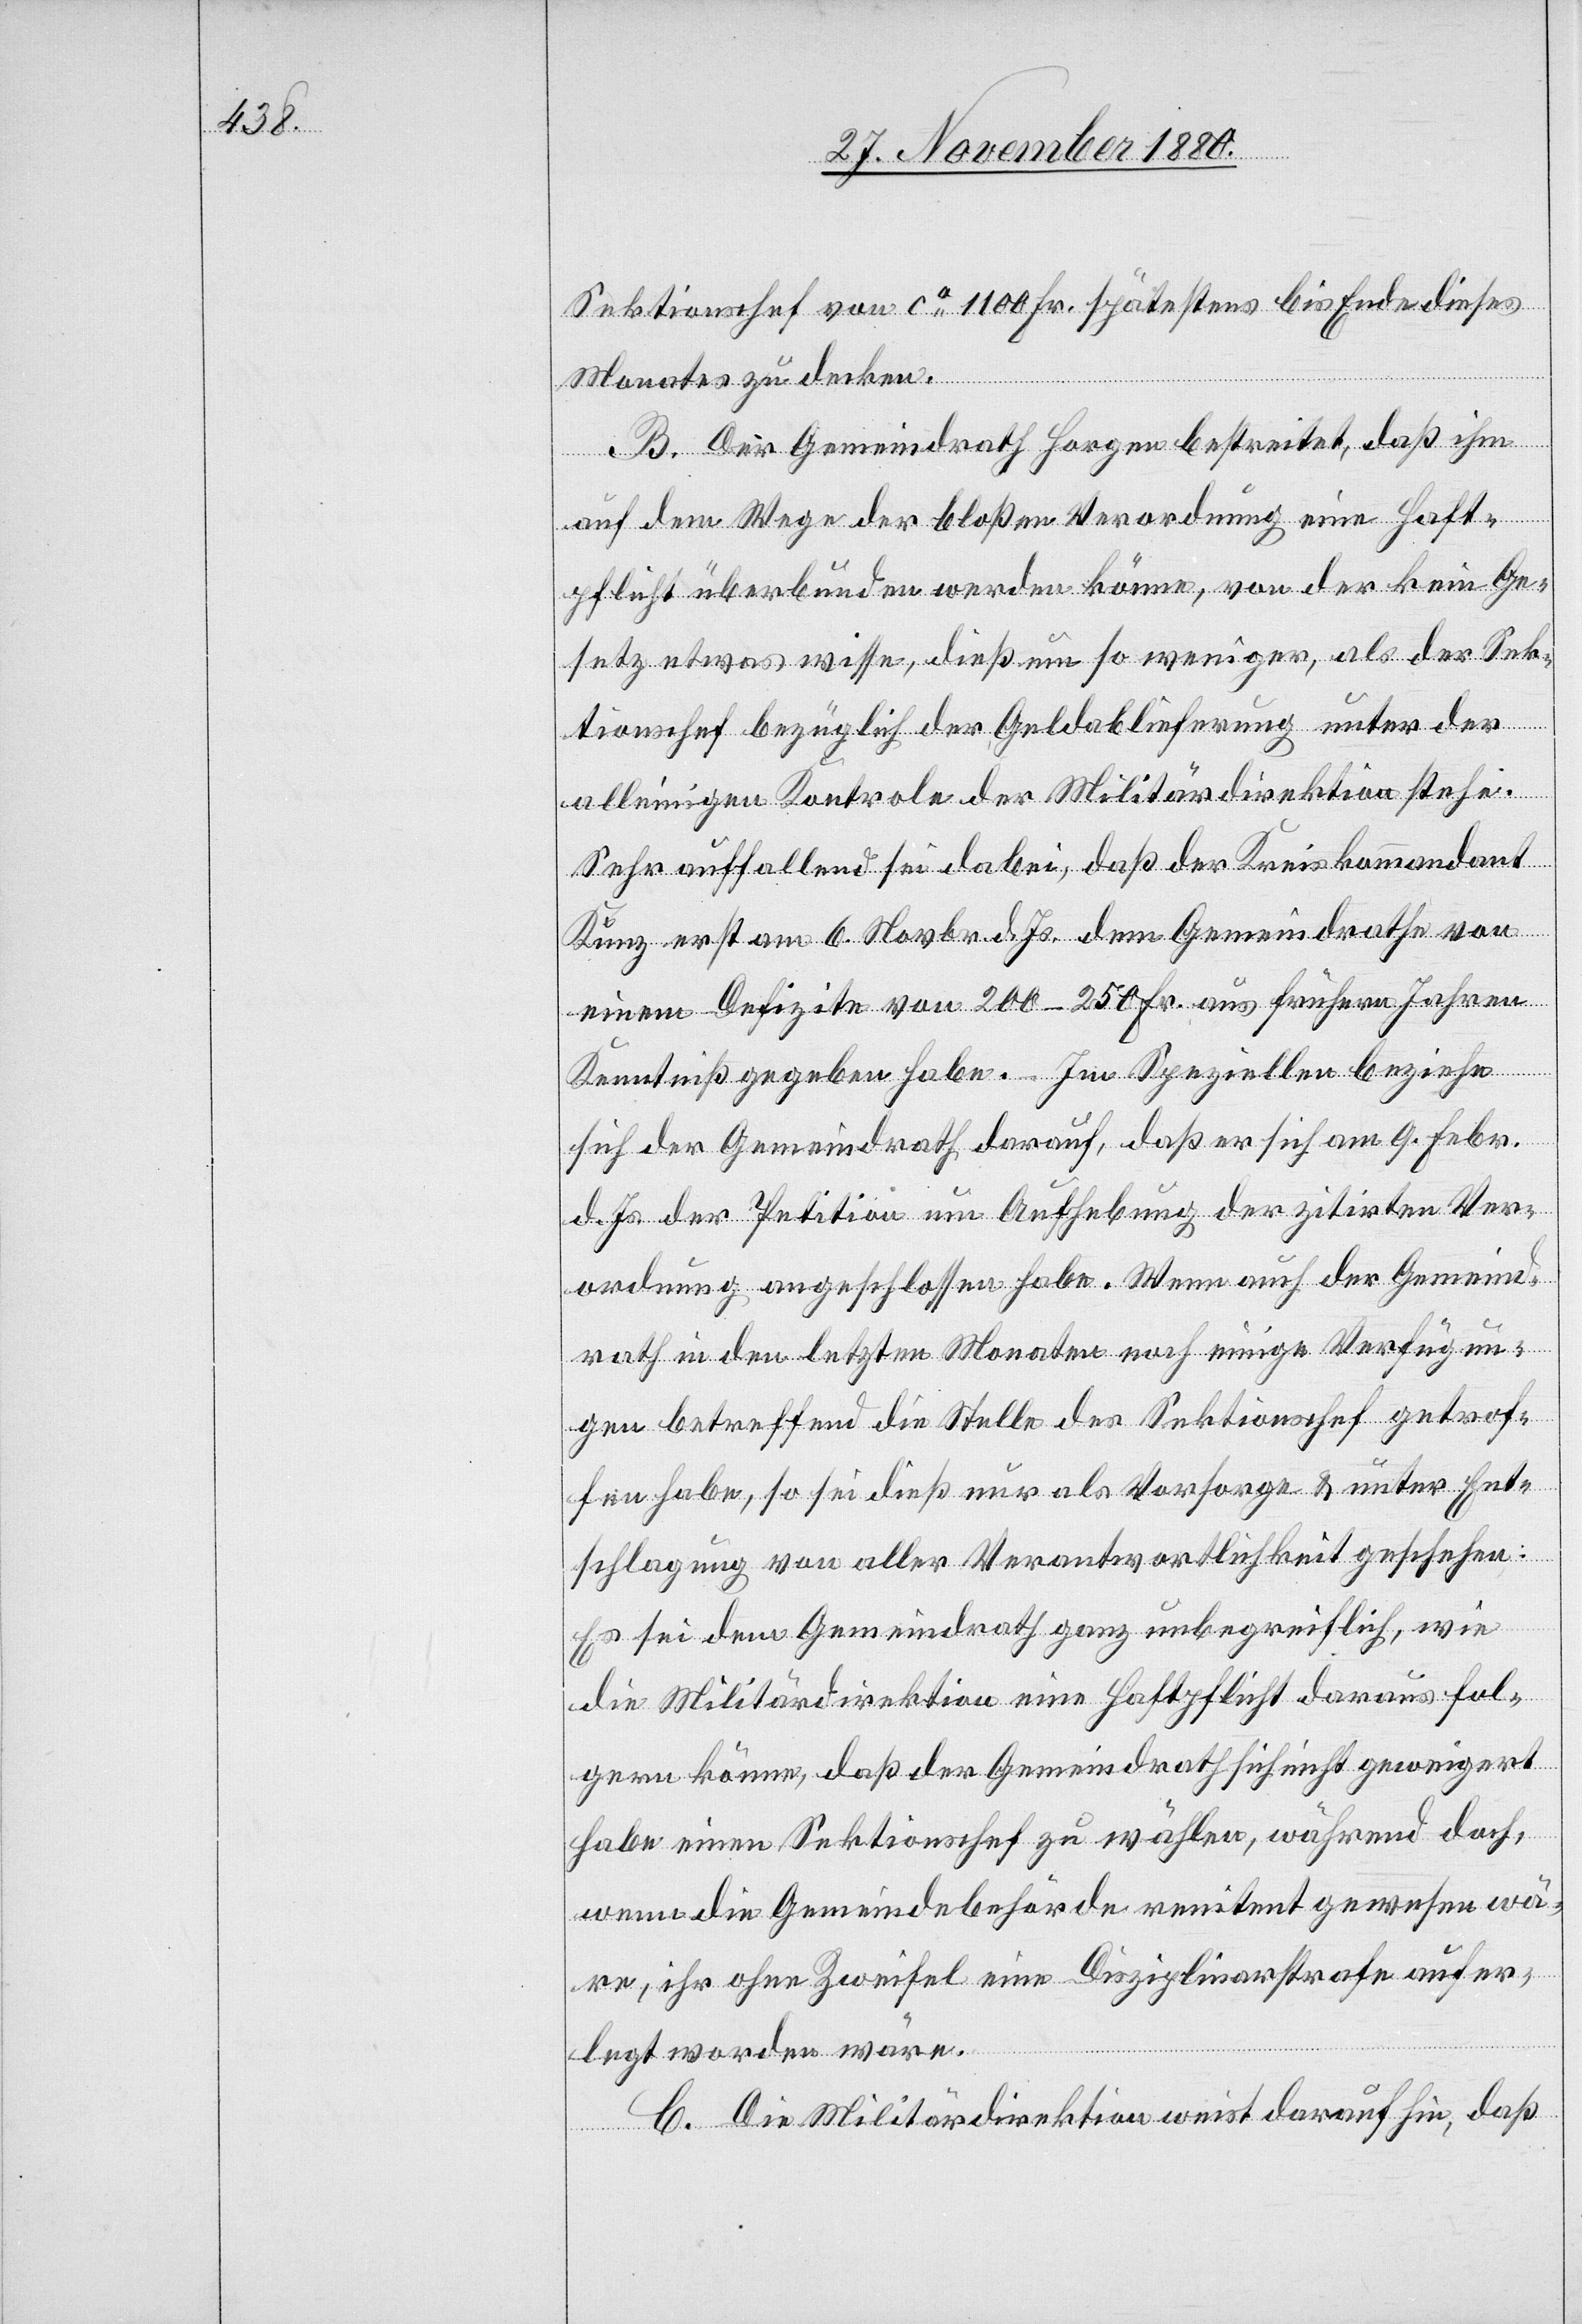
Sektionschef von ca 1100 Fr. spätestens bis Ende dieses
Monates zu decken.
B. Der Gemeindrath Horgen bestreitet, daß ihm
auf dem Wege der bloßen Verordnung eine Haft¬
pflicht überbunden werden könne, von der kein Ge¬
setz etwas wisse, dieß um so weniger, als der Sek¬
tionschef bezüglich der Geldablieferung unter der
alleinigen Kontrole der Militärdirektion stehe.
Sehr auffallend sei dabei, daß der Kreiskommandant
Kunz erst am 6. Novbr. d. Js. dem Gemeindrathe von
einem Defizite von 200–250 Fr. aus frühern Jahren
Kenntniß gegeben habe. Im Speziellen beziehe
sich der Gemeindrath darauf, daß er sich am 9. Febr.
d. Js. der Petition um Aufhebung der zitirten Ver¬
ordnung angeschlossen habe. Wenn auch der Gemeind¬
rath in den letzten Monaten noch einige Verfügun¬
gen betreffend die Stelle des Sektionschef getrof¬
fen habe, so sei dieß nur als Vorsorge & unter Ent¬
schlagung von aller Verantwortlichkeit geschehen.
Es sei dem Gemeindrath ganz unbegreiflich, wie
die Militärdirektion eine Haftpflicht daraus fol¬
gern könne, daß der Gemeindrath sich nicht geweigert
habe einen Sektionschef zu wählen, während doch,
wenn die Gemeindebehörde renitent gewesen wä¬
re, ihr ohne Zweifel eine Disziplinarstrafe aufer¬
legt worden wäre.
C. Die Militärdirektion weist darauf hin, daß